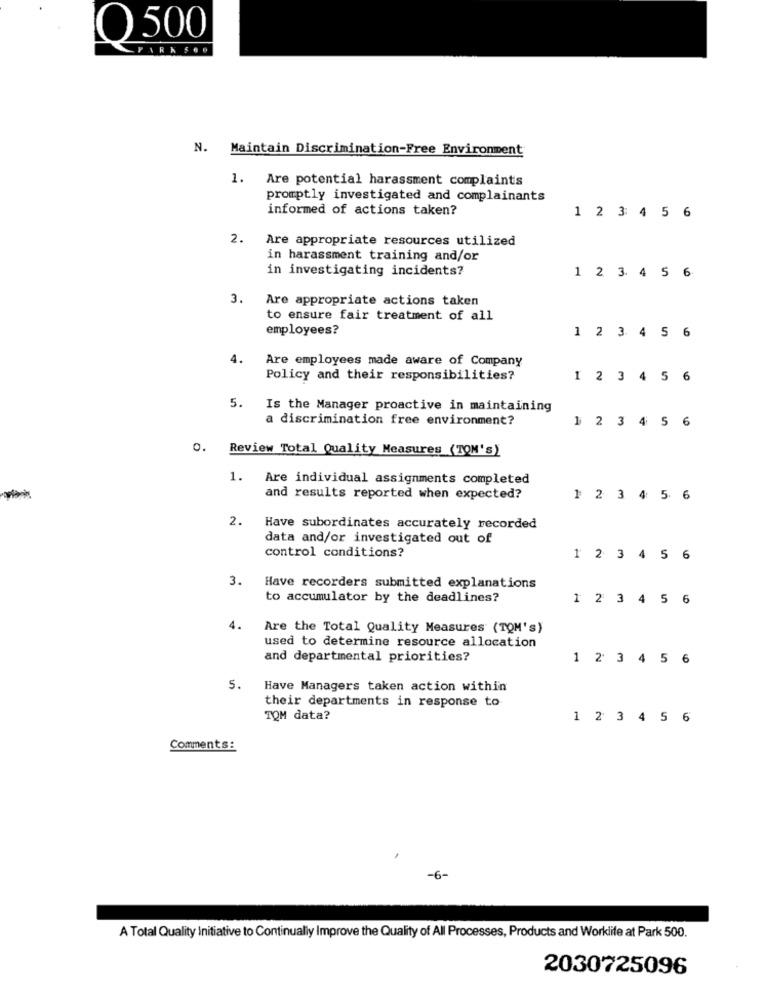
O 500
N. Maintain Discrimination-Free Environment
1. Are potential harassment complaints
promptly investigated and complainants
informed of actions taken?
1 2 3 4 5 6
2.
Are appropriate resources utilized
in harassment training and/or
in investigating incidents?
1 2 3 4 5 6
3.
Are appropriate actions taken
to ensure fair treatment of all
employees?
1 2 3 4 5 6
4.
Are employees made aware of Company
Policy and their responsibilities?
1 2 3 4 5 6
5.
Is the Manager proactive in maintaining
a discrimination free environment?
1 2 3 4 5
0. Review Total Quality Measures (TOM's)
1.
Are individual assignments completed
and results reported when expected?
1 2 3 4 5
2.
Have subordinates accurately recorded
data and/or investigated out of
control conditions?
1 2 3 4 5 6
3.
Have recorders submitted explanations
to accumulator by the deadlines?
1 2 3 4 56
4.
Are the Total Quality Measures (TOM's)
used to determine resource allocation
and departmental priorities?
1 2 3 4 5 6
5.
Have Managers taken action within
their departments in response to
TQM data?
1 2 3 4 5 6
Comments:
-6-
A Total Quality Initiative to Continually Improve the Quality of All Processes, Products and Worklife at Park 500.
2030725096